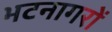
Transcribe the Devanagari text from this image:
भटनागरों